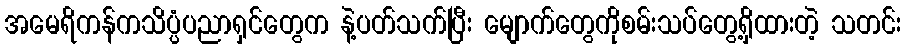
အမေရိကန်ကသိပ္ပံပညာရှင်တွေက နဲ့ပတ်သက်ပြီး မျောက်တွေကိုစမ်းသပ်တွေ့ရှိထားတဲ့ သတင်း